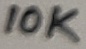
Text: 10K